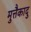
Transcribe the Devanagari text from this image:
मुत्तैकादु